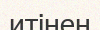
итінен